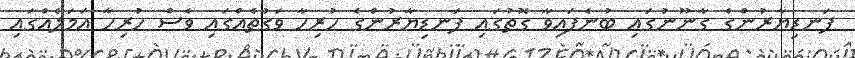
ފަނޑިޔާރުންގެ ގާނޫނުގައި ބުނެފައިވާ ގޮތުގައި ފަނޑިޔާރުންގެ ހުރިހާ ވަގުތެއްގައި ވެސް ހުރިހާ އަމަލެއްގައި